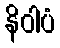
နိဝါပံ